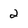
Character: 2